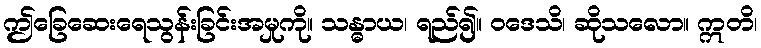
ဤခြေဆေးရေသွန်းခြင်းအမှုကို။ သန္ဓာယ၊ ရည်၍။ ဝဒေသိ၊ ဆိုသလော။ ဣတိ၊